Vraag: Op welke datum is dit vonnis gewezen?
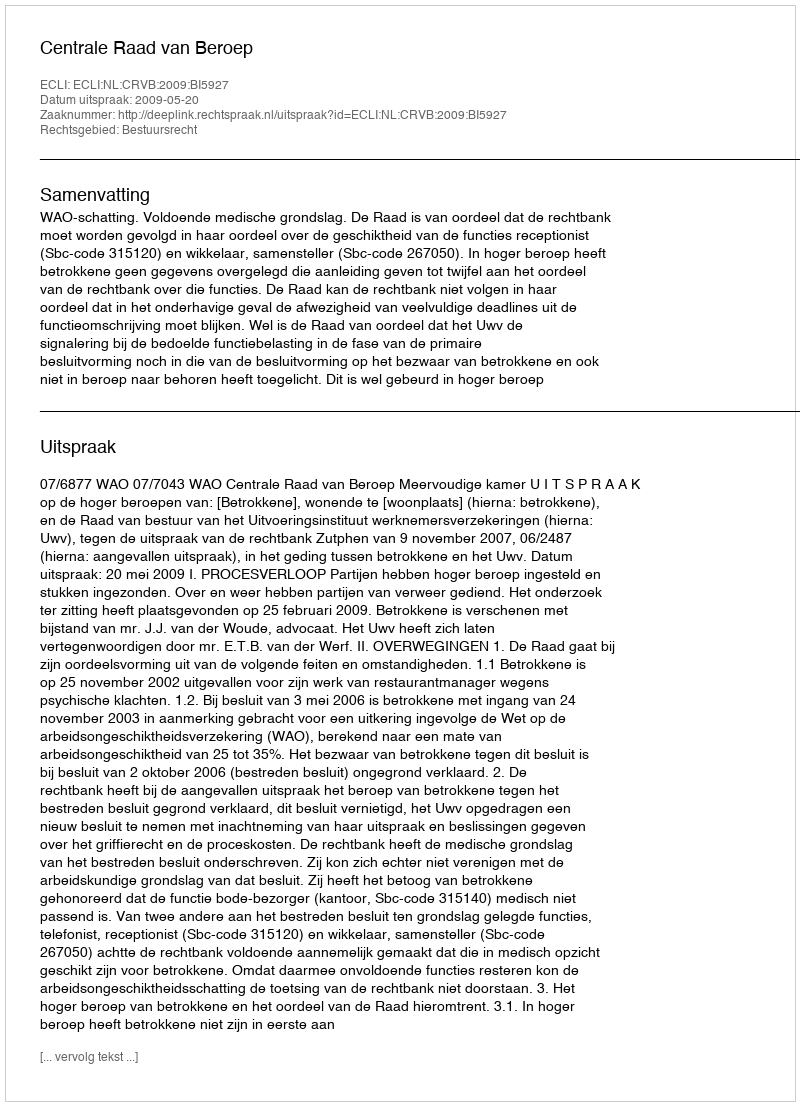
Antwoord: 2009-05-20